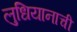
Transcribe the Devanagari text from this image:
लुधियानाची